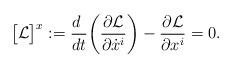
LaTeX: \begin{align*} \big[ \mathcal{L} \big]^x := \frac{d \ }{d t} \bigg( \frac{\partial \mathcal{L}}{\partial \dot{x}^i} \bigg) - \frac{\partial \mathcal{L}}{\partial x^i} = 0.\end{align*}